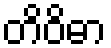
တိဝိဓာ